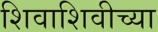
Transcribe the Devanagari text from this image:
शिवाशिवीच्या